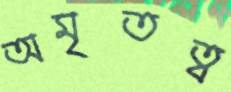
অমৃতত্ব